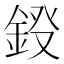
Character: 𨦏